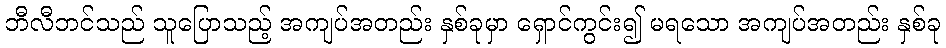
ဘီလီဘင်သည် သူပြောသည့် အကျပ်အတည်း နှစ်ခုမှာ ရှောင်ကွင်း၍ မရသော အကျပ်အတည်း နှစ်ခု